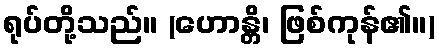
ရုပ်တို့သည်။ (ဟောန္တိ၊ ဖြစ်ကုန်၏။)